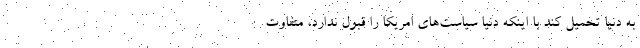
به دنيا تحميل كند با اينكه دنيا سياست‌هاي امريكا را قبول ندارد، متفاوت